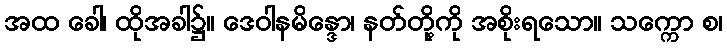
အထ ခေါ၊ ထိုအခါ၌။ ဒေဝါနမိန္ဒော၊ နတ်တို့ကို အစိုးရသော။ သက္ကော စ၊